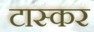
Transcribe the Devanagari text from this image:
टास्कर